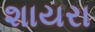
શાયરા